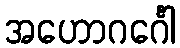
အဟောဂင်္ဂေါ